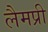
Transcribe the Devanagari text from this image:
लैमप्री